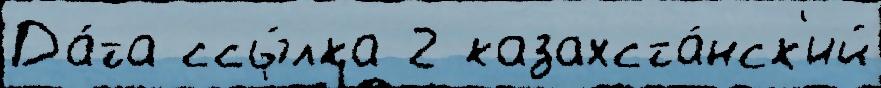
Да́та ссы́лка 2 казахста́нск'ий